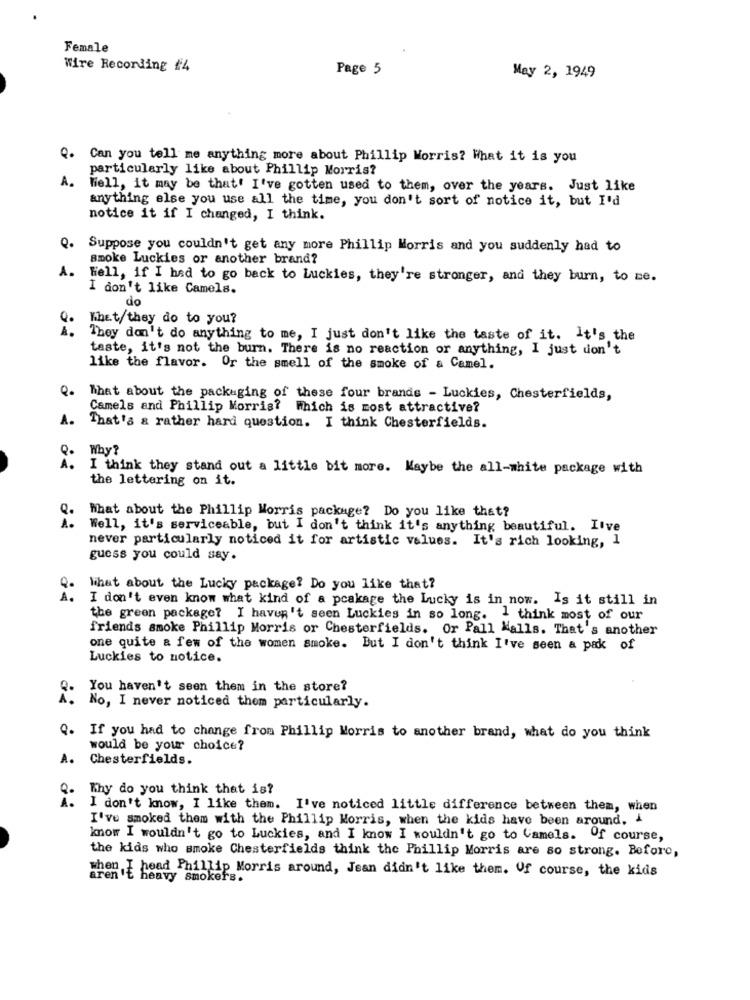
Female
Wire Recording #4
Page 5
May 2, 1949
Q. Can you tell me anything more about Phillip Morris? What it is you
particularly like about Phillip Morris?
A.
Well, it may be that' I've gotten used to them, over the years. Just like
anything else you use all the time, you don't sort of notice it, but I'd
notice it if I changed, I think.
Q.
Suppose you couldn't get any more Phillip Morris and you suddenly had to
smoke Luckies or another brand?
A.
Hell, if I had to go back to Luckies, they're stronger, and they burn, to me.
I don't like Camels.
do
Khet/they do to you?
1 .
They don't do anything to me, I just don't like the taste of it. It's the
taste, it's not the burn. There is no reaction or anything, I just don't
like the flavor. Or the smell of the smoke of a Camel.
That about the packaging of these four brands - Luckies, Chesterfields,
Camels and Phillip Morris? Which is most attractive?
A.
That's & rather hard question. I think Chesterfields.
Q.
Why?
À .
I think they stand out a little bit more. Maybe the all-white package with
the lettering on it.
What about the Phillip Morris package? Do you like that?
Well, it's serviceable, but I don't think it's anything beautiful. I've
never particularly noticed it for artistic values. It's rich looking, 1
guess you could say.
What about the Lucky package? Do you like that?
A.
I don't even know what kind of a pcakage the Lucky is in now. Is it still in
the green package? I haven't seen Luckies in so long. I think most of our
friends smoke Phillip Morris or Chesterfields. Or Pall Malls. That's another
one quite a few of the women smoke. But I don't think I've seen a pak of
Luckies to notice.
You haven't seen them in the store?
No, I never noticed them particularly.
If you had to change from Phillip Morris to another brand, what do you think
would be your choice?
A.
Chesterfields.
Why do you think that is?
I don't know, I like them. I've noticed little difference between them, when
I've smoked them with the Phillip Morris, when the kids have been around. i
know I wouldn't go to Luckies, and I know I wouldn't go to Camels. Of course,
the kids who smoke Chesterfields think the Phillip Morris are so strong. Before,
when I head Phillip Morris around, Jean didn't like them. Of course, the kids